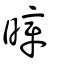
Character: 暲